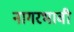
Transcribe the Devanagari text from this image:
नागरभावी